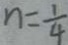
n = \frac { 1 } { 4 }